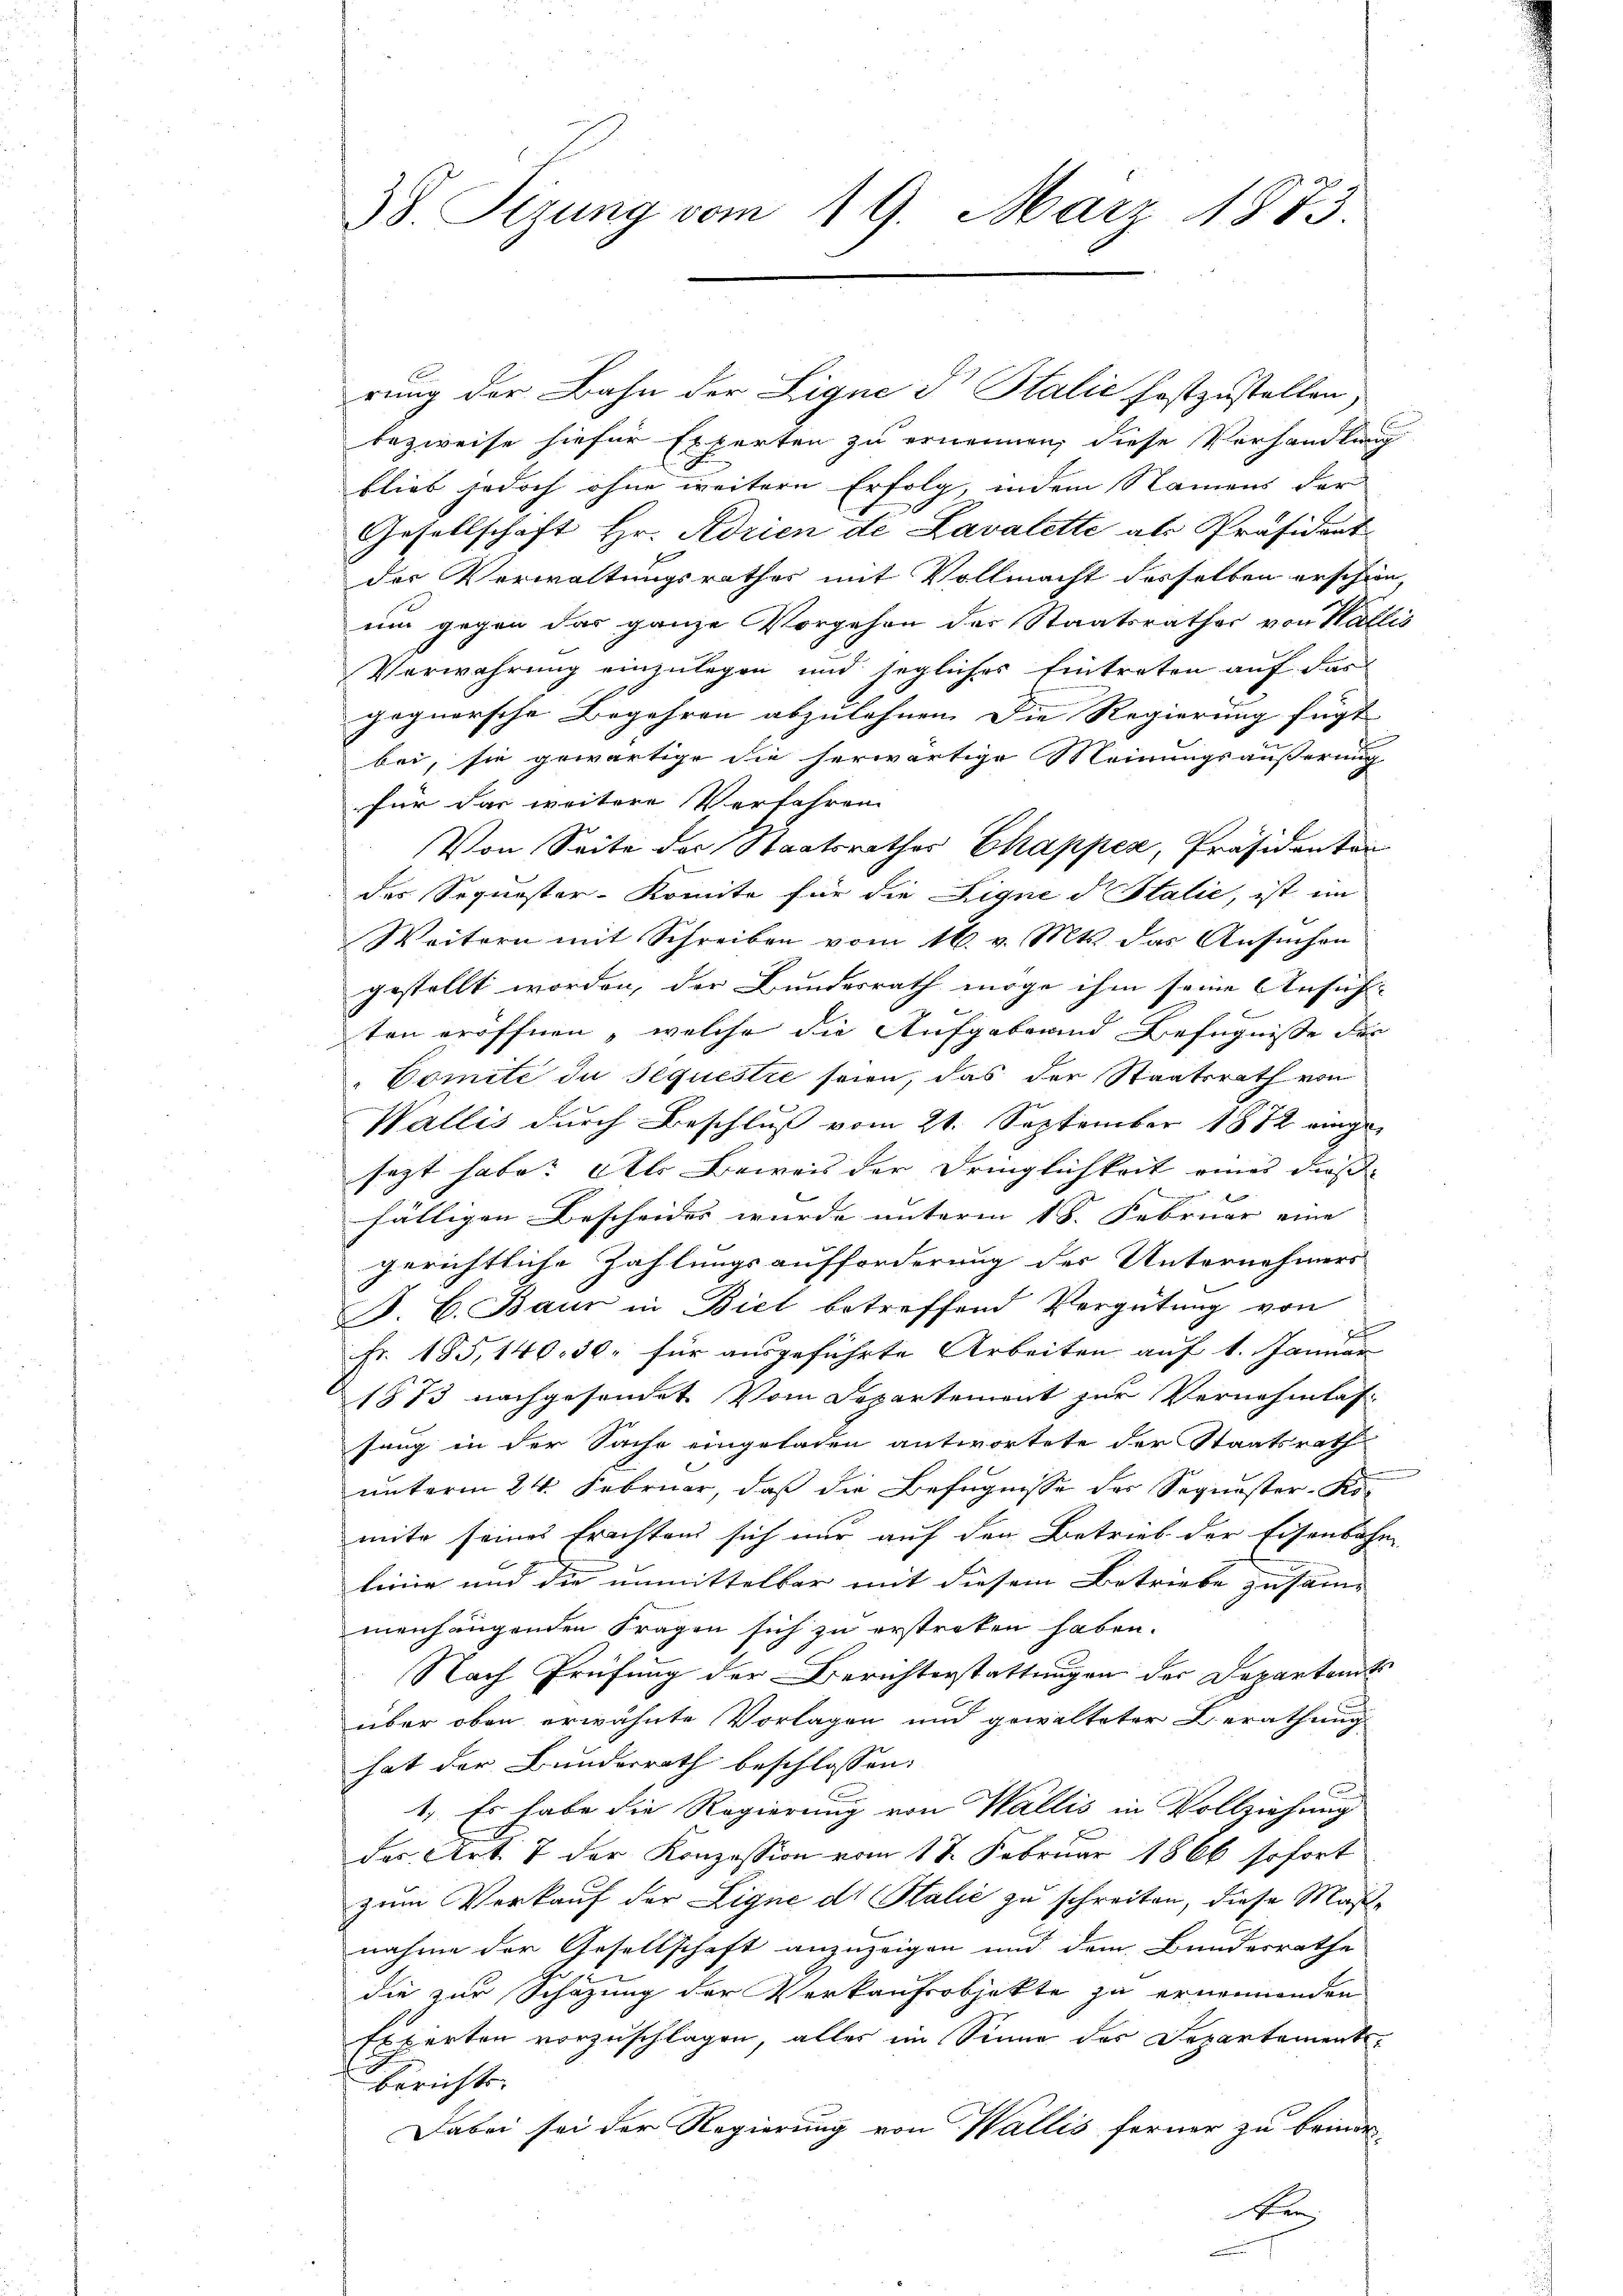
38 Sizung vom 19. März 1873.

rung der Bahn der Lique d Stalić festzustellen
bezweife hiefür Experten zu ernennen, diese Verhandlung
blieb jedoch ohne weitere Erfolg, indem Namens der
Gesellschaft Hr. Adrien de Lavalette als Präsident
f
der Verwaltungsrathes mit Vollmacht desselben erschien,
um gegen das ganze Vorgehen der Staatsrathes von Wallis
Verwahrung einzulegen und jegliches Eintreten auf das
gegnersche Begehren abzulehnen. Die Regierung fügt |
bei, sie gewärtige die herwärtige Meinungsäußerung
für das weitere Verfahren
Von Seite der Staatsrathes Chapper, Präsidenten
des Sequester-Komite für die Ligne d Italie, ist im
Weitern mit Schreiben vom 16. v. Mts. das Ansuchen
gestellt worden, der Bundesrath möge ihm seine Ansicht-
ten eröffnen, welche die Aufgabe und Befugnisse des
Comité de sequestre seien, das der Staatsrath von
Wallis durch Beschluß vom 21. September 1882 eingesezt habe. Als Beweis der Dringlichkeit eines dies
fälligen Bescheides wurde unterm 18. Februar eine |
gerichtliche Zahlungsaufforderung der Unternehmers
B. C. Baur in Biel betreffend Vergütung von
Fr. 185, 140. 30. für ausgeführte Arbeiten auf 1. Januar
1873 nachgesendet vom Departement zur Vernehmlas
fang in der Sache eingeladen antwortete der Staatsrath
n
unterm 24. Februar, daß die Befugnisse des Sequester-Ko-
mite seines Erachtens sich nur auf den Betrieb der Eisenbahn
linie und die unmittelbar mit diesem Betriebe zusam- |
menhangenden Fragen sich zu erstraten haben.
Nach Prüfung der Berichterstattungen der Departamts
über oben erwähnte Vorlagen und gewalteter Berathung
hat der Bundesrath beschlossen:
1. Es habe die Regierung von Wallis in Vollziehung
des Art. 7 der Konzession vom 18. Februar 1866 sofort
zum Verkauf der Ligne di Salić zu schreiten, diese Maßnahme der Gesellschaft anzuzeigen und dem Bundesrathe
die zur Schazung der Verkaufsobjekte zu ernennenden
Experten vorzuschlagen, alles im Sinne des Departements¬
Berichts-
Dabei sei der Regierung von Wallis ferner zu bemerken